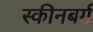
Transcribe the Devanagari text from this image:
स्कीनबर्ग